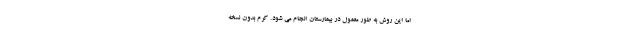
اما این روش به طور معمول در بیمارستان انجام می شود. کرم بدون نسخه